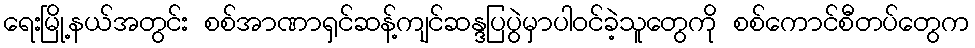
ရေးမြို့နယ်အတွင်း စစ်အာဏာရှင်ဆန့်ကျင်ဆန္ဒပြပွဲမှာပါဝင်ခဲ့သူတွေကို စစ်ကောင်စီတပ်တွေက